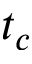
t _ { c }